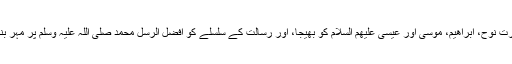
حضرت نوح، ابراھیم، موسی اور عیسی علیھم السلام کو بھیجا، اور رسالت کے سلسلے کو افضل الرسل محمد صلی اللہ علیہ وسلم پر مہر بند کیا۔